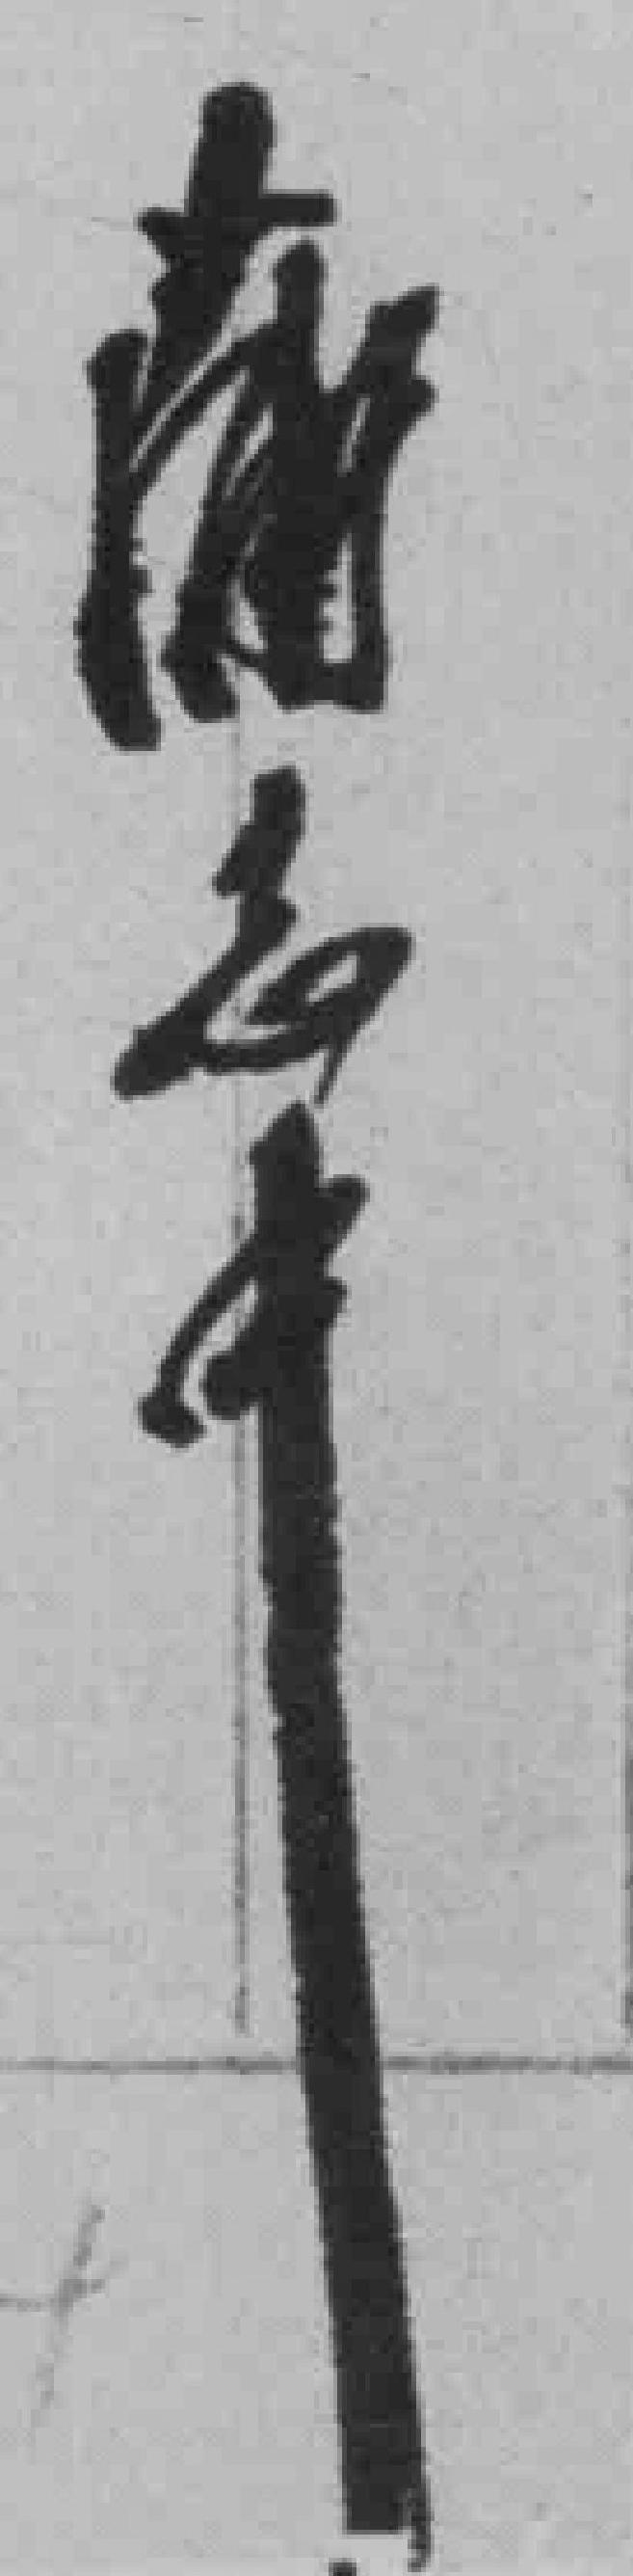
*志中